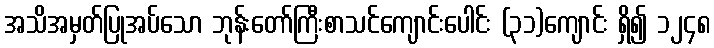
အသိအမှတ်ပြုအပ်သော ဘုန်းတော်ကြီးစာသင်ကျောင်းပေါင်း (၃၁)ကျောင်း ရှိ၍ ၁၂၄၈